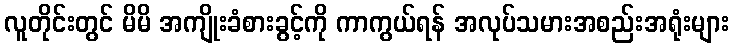
လူတိုင်းတွင် မိမိ အကျိုးခံစားခွင့်ကို ကာကွယ်ရန် အလုပ်သမားအစည်းအရုံးများ